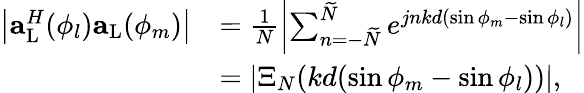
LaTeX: \begin{array}{rl}{\left|{\mathbf{a}}_{\mathrm{{L}}}^{H}(\phi_{l}){\mathbf{a}}_{\mathrm{L}}(\phi_{m})\right|}&{=\frac{1}{N}\left|\sum_{n=-\widetilde{N}}^{\widetilde{N}}e^{jnkd(\sin\phi_{m}-\sin\phi_{l})}\right|}\\ &{=\left|\Xi_{N}(kd(\sin\phi_{m}-\sin\phi_{l}))\right|,}\end{array}